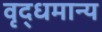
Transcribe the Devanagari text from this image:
वृद्धमान्य